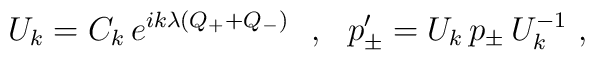
U_k=C_k\,e^{ik\lambda(Q_++Q_-)}\ \ ,\ \ p'_\pm=U_k\,p_\pm\,U^{-1}_k\ ,